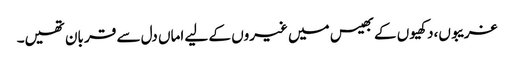
غریبوں،دکھیوں کے بھیس میں غیروں کے لیے اماں دل سے قر بان تھیں۔